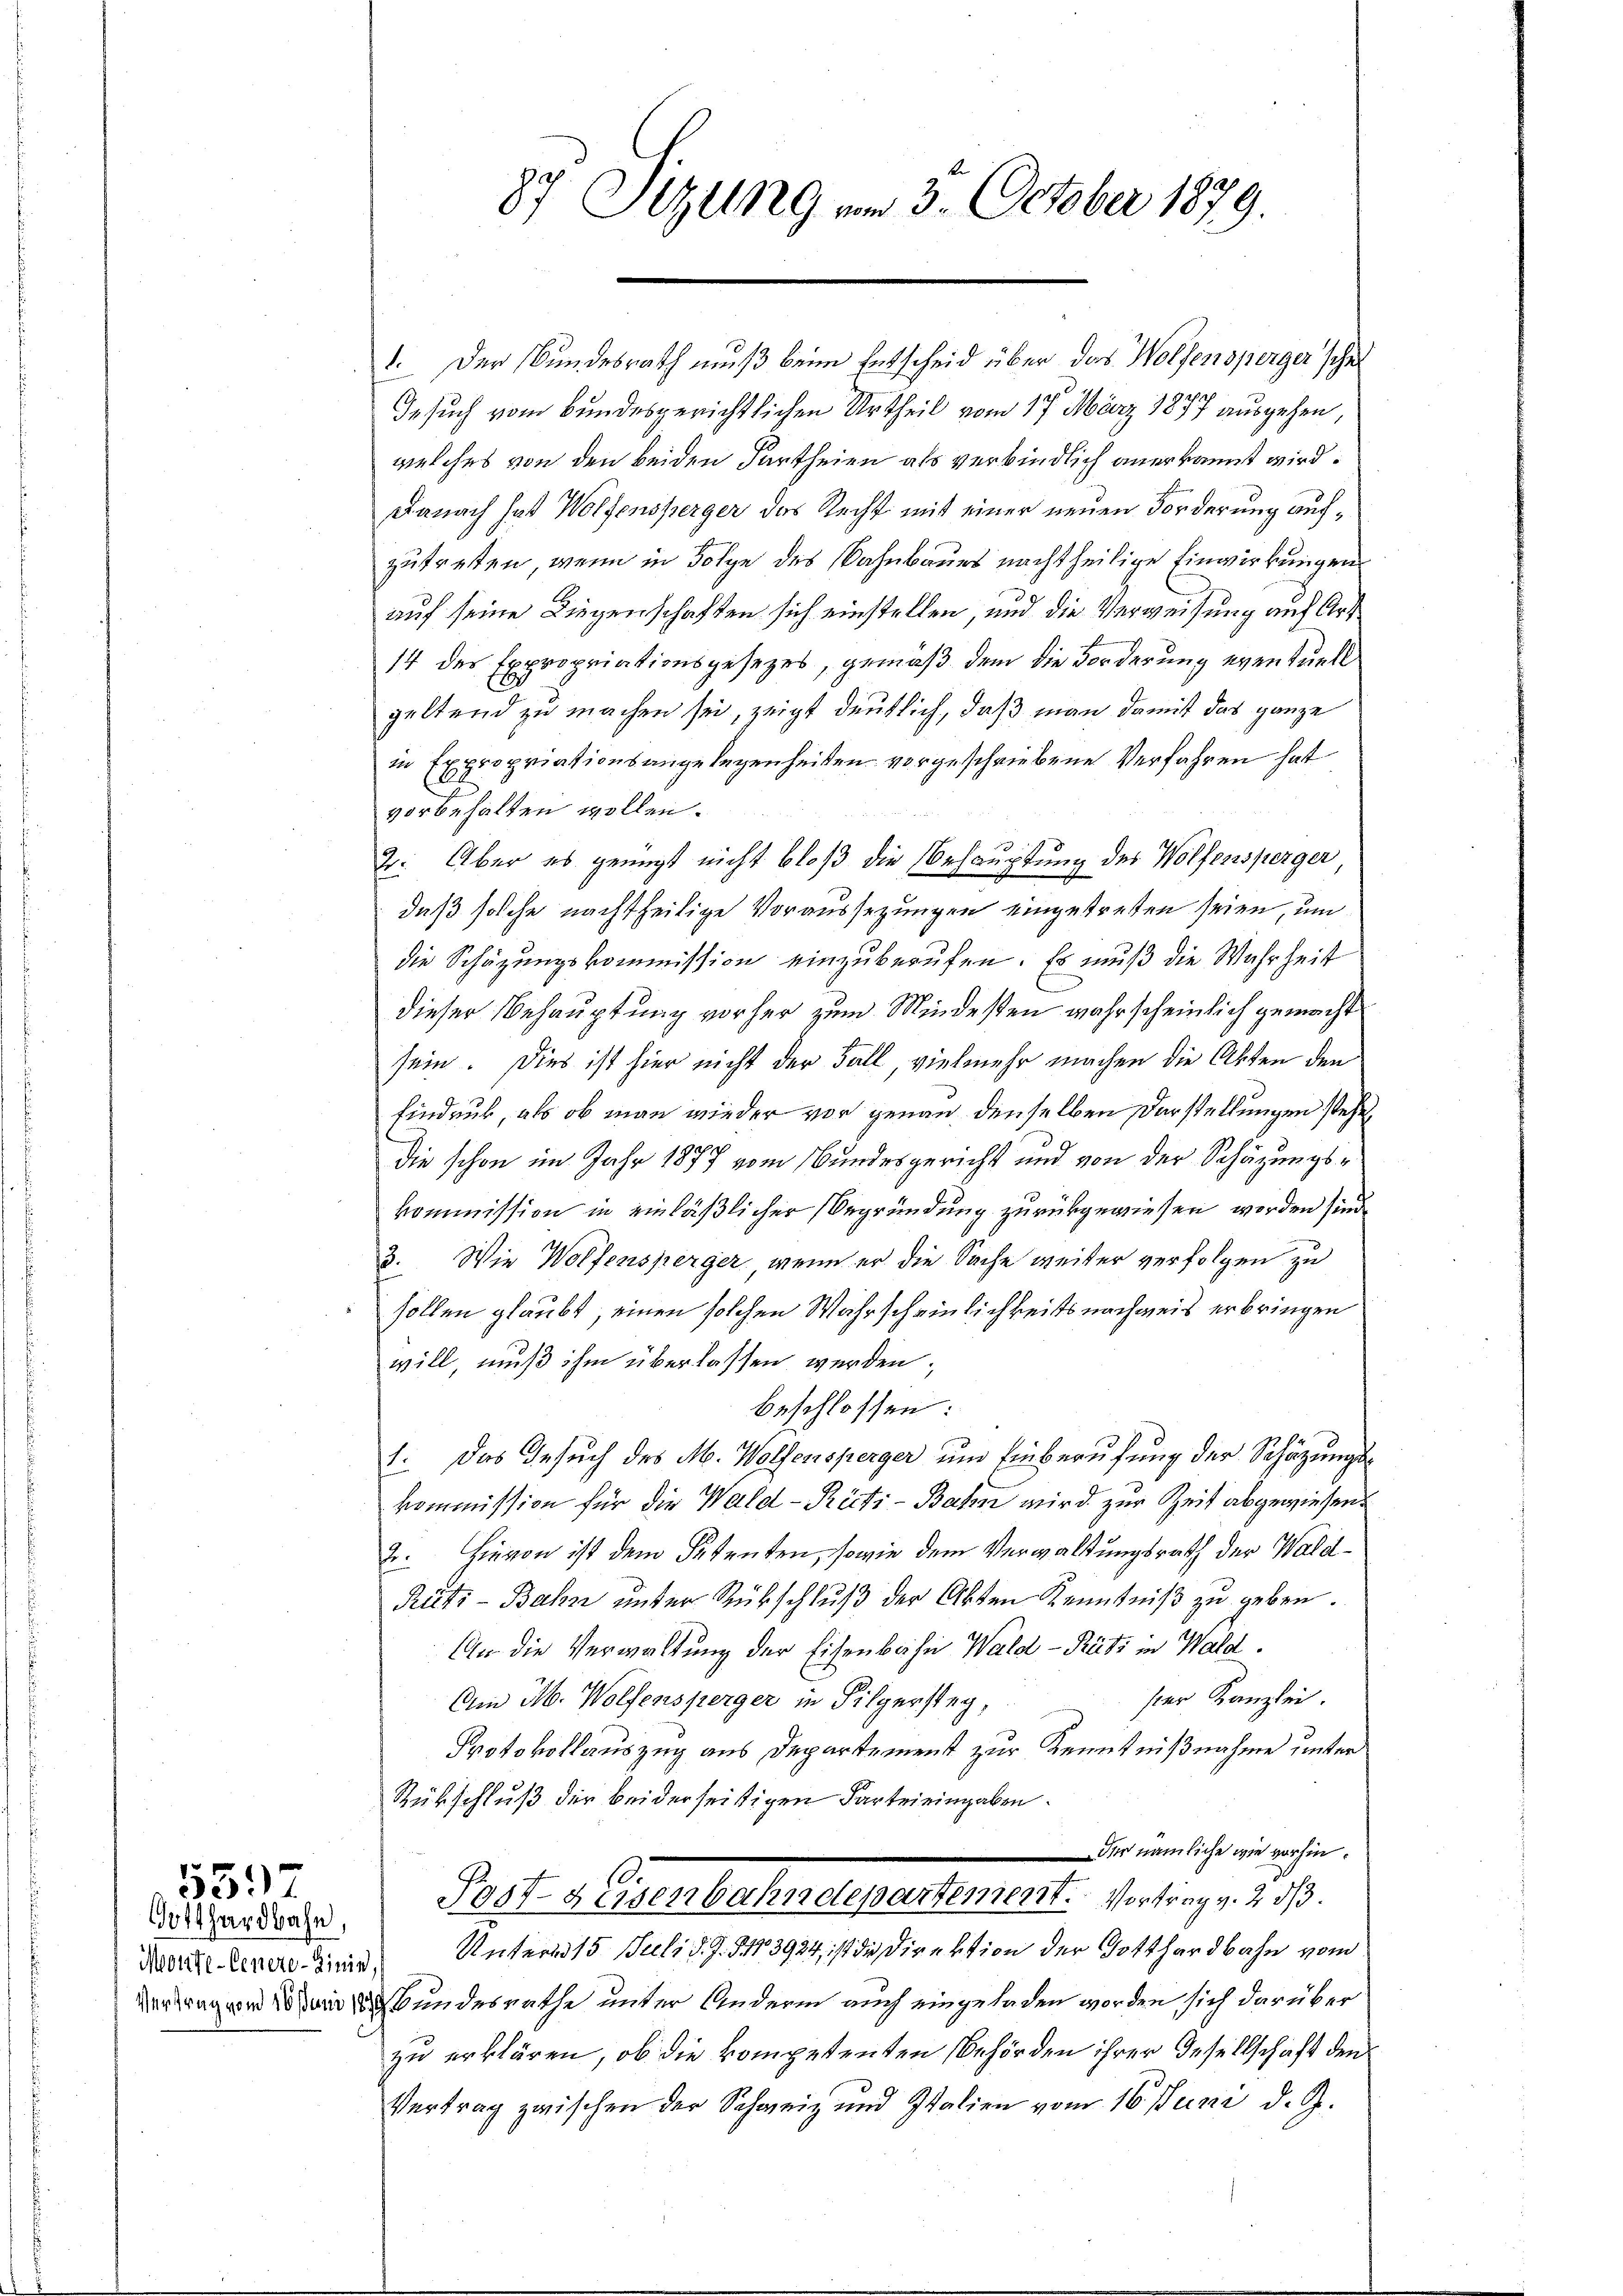
Gotthardbahn,
Vertrag vom 16. Juni 18

5597

87 Sizung vom 3. October 1879.

1. Der Bundesrath muß beim Entscheid über das Wolfensperger schen
Gesuch vom Bundesgerichtlichen Urtheil vom 17. März 1877 ausgehen,
welches von den beiden Partheien als verbindlich anerkannt wird.
Danach hat Wolfensberger das Recht mit einer neuen Forderung aufzutreten, wenn in Folge des Bahnbaues nachtheilige Einwirkungen
auf seine Liegenschaften sich einstellen, und die Verweisung auf Art.
14 des Expropriationsgesetzes, gemäß dem die Forderung eventuell
geltend zu machen sei zeigt deutlich, daß man damit das ganze
in Expropriationsangelegenheiten vorgeschriebene Verfahren hat
vorbehalten wollen.
2. Aber es genügt nicht bloß die Behauptung des Wolfensperger,
daß solche nachtheilige Voraussezungen eingetreten seien, um
die Schazungskommission einzuberufen. Es muß die Wahrheit
dieser Behauptung vorher zum Mindesten wahrscheinlich gemacht
sein. Dies ist hier nicht der Fall vielmehr machen die Akten den
Eindruck, als ob man wieder vor genau denselben Darstellungen steht,
die schon im Jahr 1877 vom Bundesgericht und von der Schäzungskommission in einläßlicher Begründung zurükgewiesen worden sind.
3. Wie Wolfensperger, wenn er die Sache weiter verfolgen zu
sollen glaubt, einen solchen Wahrscheinlichkeits nachweis erbringen
will, muß ihm überlassen werden;
beschlossen:
1. Das Gesuch des M. Wolfensperger um Einberufung der Schäzungskommission für die Wald–Rüti-Bahn wird zur Zeit abgewiesen.
2. Hievon ist dem Petenten, sowie dem Verwaltungsrath der Wald¬
Rüti-Bahn unter Rückschluß der Akten Kenntniß zu geben.
An die Verwaltung der Eisenbahn Wald–Rüti in Wald.
ster Kanzlei.
Am M. Wolfensperger in Filgersteg,
Protokollauszug aus Departement zur Kenntnißnahme unter
Rückschluß der beiderseitigen Partei eingaben.
Dir nämliche wie vorhin¬
Post- & Eisenbahndepartement. Vortrag v. 2. d.
Madritt einer die Untern 15. Juli d. J. § 103924, ist die Direktion der Gotthardbahn vom
Bundesrathe unter Andern auch eingeladen worden sich darüber
zu erklären, ob die kompetenten Behörden ihrer Gesellschaft den
Vertrag zwischen der Schweiz und Italien vom 16. Juni d. J.